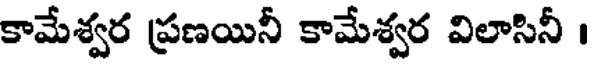
కామేశ్వర ప్రణయినీ కామేశ్వర విలాసినీ ।